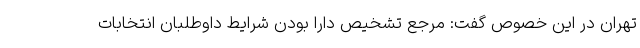
تهران در این خصوص گفت: مرجع تشخیص دارا بودن شرایط داوطلبان انتخابات